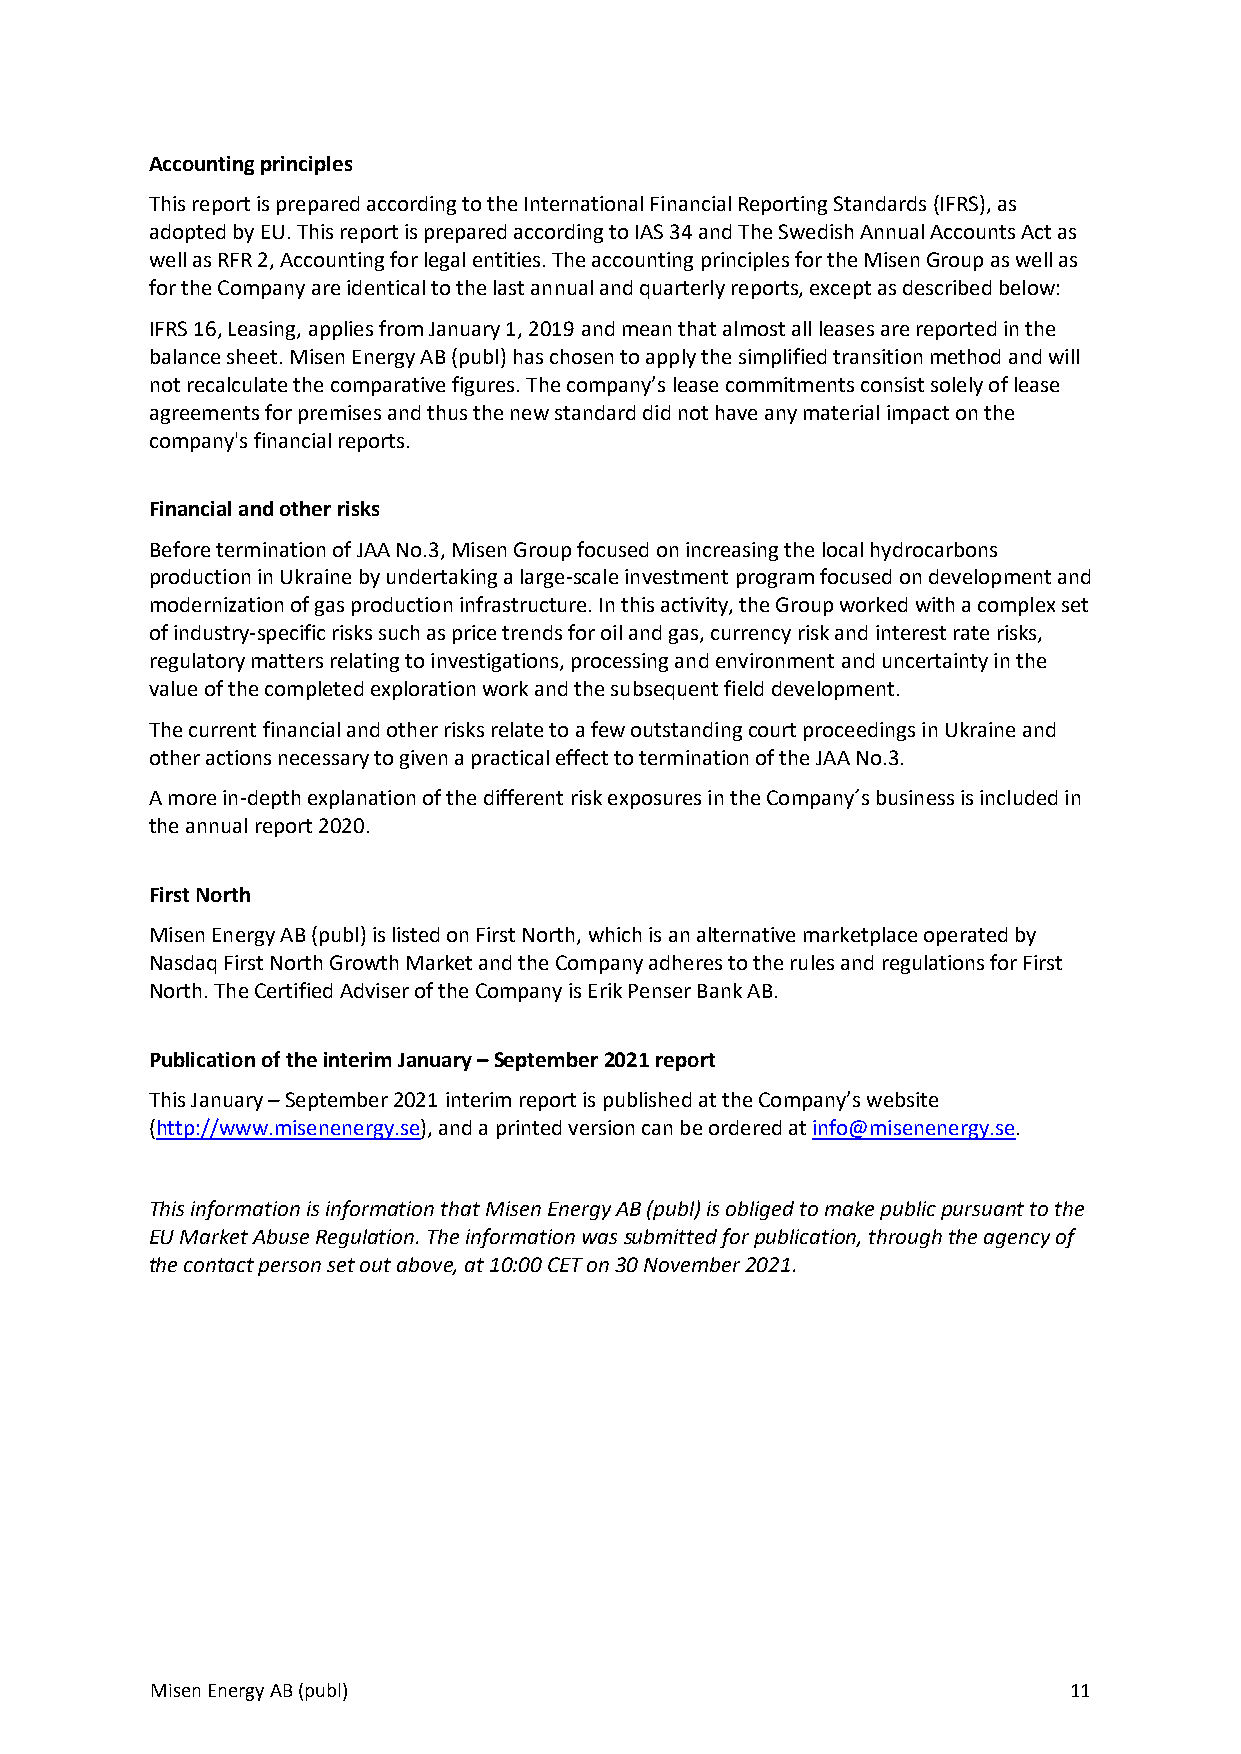
Accounting principles
 This report is prepared according to the International Financial Reporting Standards (IFRS), as
 adopted by EU. This report is prepared according to IAS 34 and The Swedish Annual Accounts Act as
 well as RFR 2, Accounting for legal entities. The accounting principles for the Misen Group as well as
 for the Company are identical to the last annual and quarterly reports, except as described below:
 IFRS 16, Leasing, applies from January 1, 2019 and mean that almost all leases are reported in the
 balance sheet. Misen Energy AB (publ) has chosen to apply the simplified transition method and will
 not recalculate the comparative figures. The company’s lease commitments consist solely of lease
 agreements for premises and thus the new standard did not have any material impact on the
 company's financial reports.
 Financial and other risks
 Before termination of JAA No.3, Misen Group focused on increasing the local hydrocarbons
 production in Ukraine by undertaking a large-scale investment program focused on development and
 modernization of gas production infrastructure. In this activity, the Group worked with a complex set
 of industry-specific risks such as price trends for oil and gas, currency risk and interest rate risks,
 regulatory matters relating to investigations, processing and environment and uncertainty in the
 value of the completed exploration work and the subsequent field development.
 The current financial and other risks relate to a few outstanding court proceedings in Ukraine and
 other actions necessary to given a practical effect to termination of the JAA No.3.
 A more in-depth explanation of the different risk exposures in the Company´s business is included in
 the annual report 2020.
 First North
 Misen Energy AB (publ) is listed on First North, which is an alternative marketplace operated by
 Nasdaq First North Growth Market and the Company adheres to the rules and regulations for First
 North. The Certified Adviser of the Company is Erik Penser Bank AB.
 Publication of the interim January – September 2021 report
 This January – September 2021 interim report is published at the Company’s website
 (http://www.misenenergy.se), and a printed version can be ordered at info@misenenergy.se.
 This information is information that Misen Energy AB (publ) is obliged to make public pursuant to the
 EU Market Abuse Regulation. The information was submitted for publication, through the agency of
 the contact person set out above, at 10:00 CET on 30 November 2021.
 Misen Energy AB (publ)                                       11